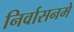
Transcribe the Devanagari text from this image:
निर्वासनमे